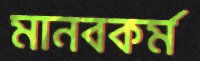
মানবকর্ম